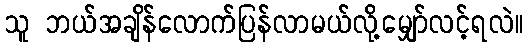
သူ ဘယ်အချိန်လောက်ပြန်လာမယ်လို့မျှော်လင့်ရလဲ။